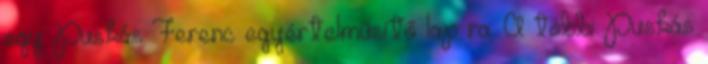
egy Puskás Ferenc egyértelműsítő lap ra. A többi Puskás